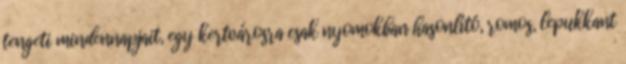
tengeti mindennapjait, egy kertvárosra csak nyomokban hasonlító, romos, lepukkant